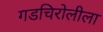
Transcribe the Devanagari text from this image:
गडचिरोलीला